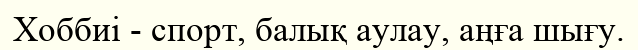
Хоббиі - спорт, балық аулау, аңға шығу.